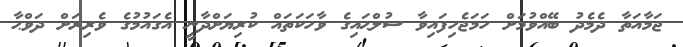
ޖަމާއަތާ ދެމެދު ބޭއްވުމަށް ހަމަޖެހިފައިވާ ސުލްޙައިގެ ވާހަކަތައް ކުރިޔަށްދާނީ އެގައުމުގެ ވެރިރަށް ދަވްޙާ